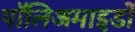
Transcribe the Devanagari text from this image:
पॉलिअमाइडों